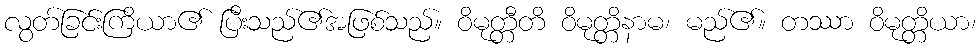
လွတ်ခြင်းကြိယာ၏ ပြီးသည်၏အဖြစ်သည်။ ဝိမုတ္တီတိ ဝိမုတ္တိနာမ၊ မည်၏။ တဿာ ဝိမုတ္တိယာ၊